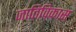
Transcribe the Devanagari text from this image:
जातिविकास